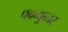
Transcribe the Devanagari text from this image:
पदव्‍युत्‍तर